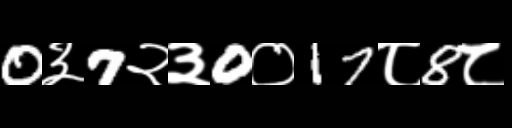
Text: 0३7२३0०17८8८